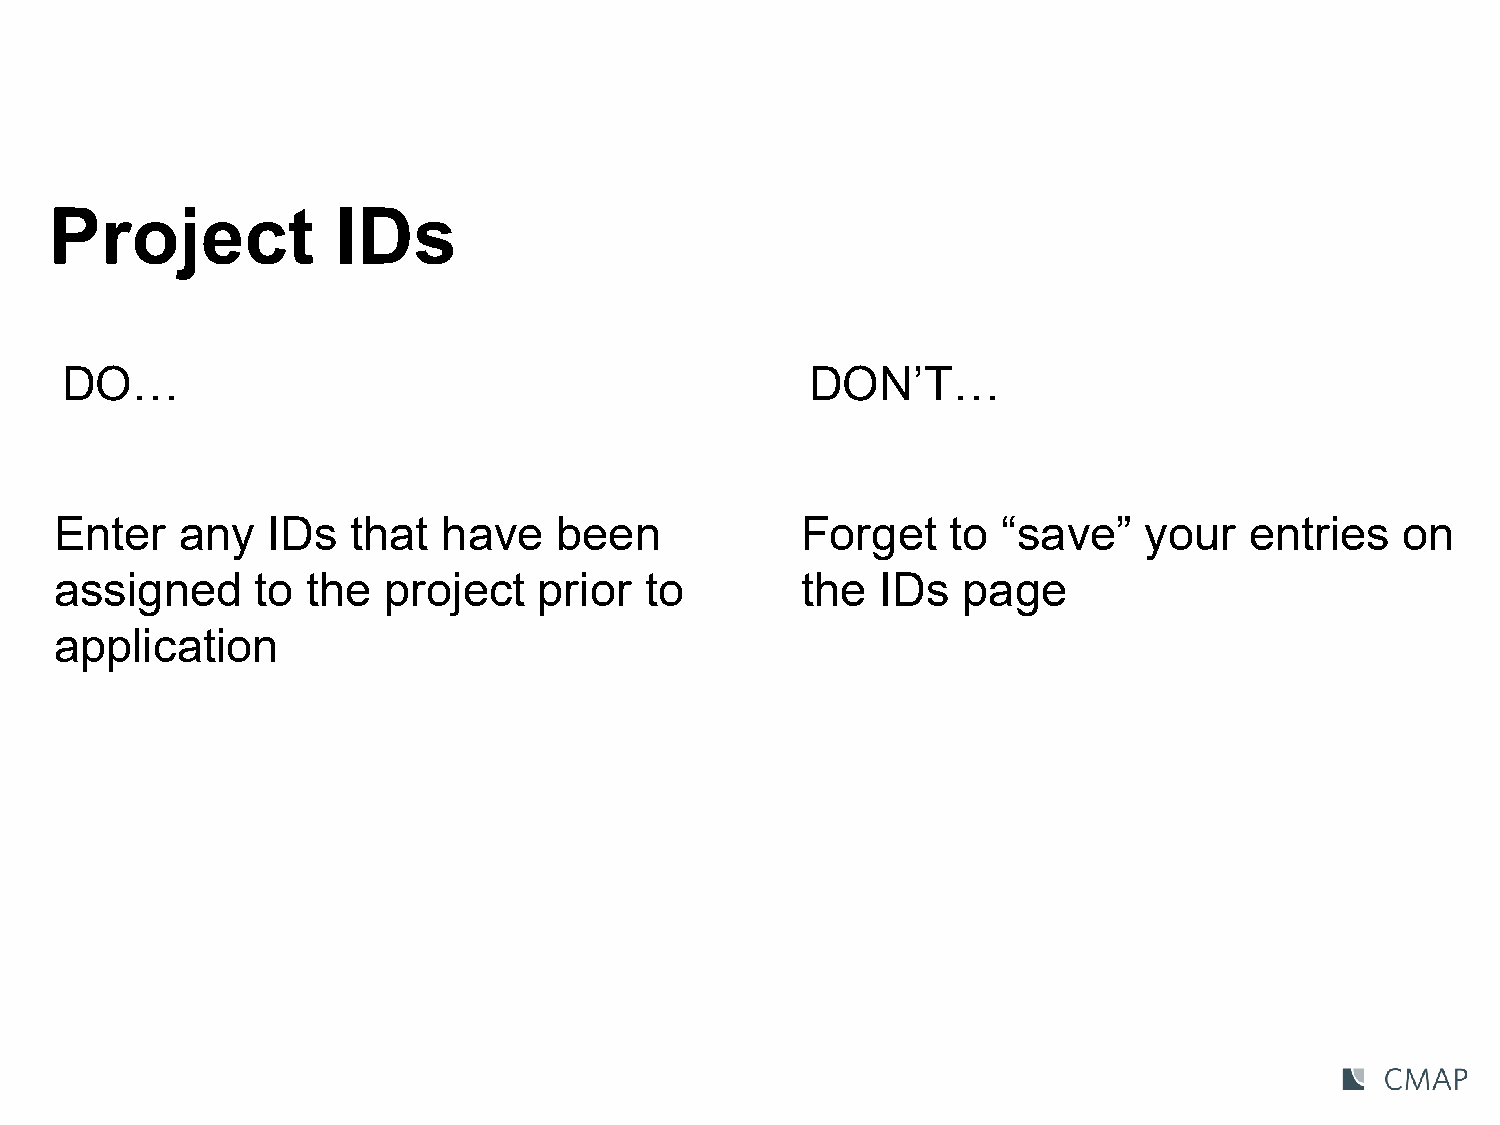
Project            IDs
 DO…                                               DON’T…
 Enter   any   IDs  that  have    been            Forget    to “save”    your   entries   on
 assigned     to the  project    prior  to        the  IDs   page
 application